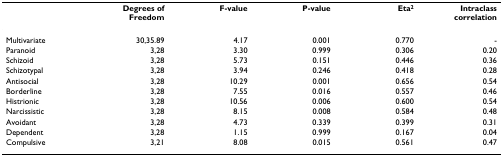
<table><thead><tr><td></td><td><b>Degrees of Freedom</b></td><td><b>F-value</b></td><td><b>P-value</b></td><td><b>Eta<sup>2</sup></b></td><td><b>Intraclass correlation</b></td></tr></thead><tbody><tr><td>Multivariate</td><td>30,35.89</td><td>4.17</td><td>0.001</td><td>0.770</td><td>-</td></tr><tr><td>Paranoid</td><td>3,28</td><td>3.30</td><td>0.999</td><td>0.306</td><td>0.20</td></tr><tr><td>Schizoid</td><td>3,28</td><td>5.73</td><td>0.151</td><td>0.446</td><td>0.36</td></tr><tr><td>Schizotypal</td><td>3,28</td><td>3.94</td><td>0.246</td><td>0.418</td><td>0.28</td></tr><tr><td>Antisocial</td><td>3,28</td><td>10.29</td><td>0.001</td><td>0.656</td><td>0.54</td></tr><tr><td>Borderline</td><td>3,28</td><td>7.55</td><td>0.016</td><td>0.557</td><td>0.46</td></tr><tr><td>Histrionic</td><td>3,28</td><td>10.56</td><td>0.006</td><td>0.600</td><td>0.54</td></tr><tr><td>Narcissistic</td><td>3,28</td><td>8.15</td><td>0.008</td><td>0.584</td><td>0.48</td></tr><tr><td>Avoidant</td><td>3,28</td><td>4.73</td><td>0.339</td><td>0.399</td><td>0.31</td></tr><tr><td>Dependent</td><td>3,28</td><td>1.15</td><td>0.999</td><td>0.167</td><td>0.04</td></tr><tr><td>Compulsive</td><td>3,21</td><td>8.08</td><td>0.015</td><td>0.561</td><td>0.47</td></tr></tbody></table>